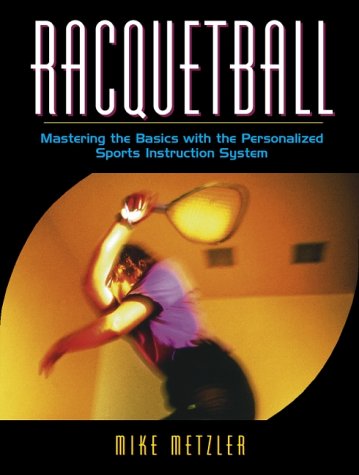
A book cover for Racquetball: Mastering the Basics with the Personalized Sports Instruction System (A Workbook Approach); Michael W. Metzler; Sports & Outdoors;